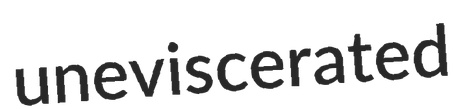
uneviscerated